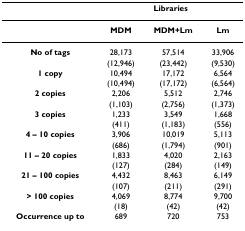
|  | <COLSPAN=3> Libraries |
 | --- | --- | --- | --- |
 |  | MDM | MDM+Lm | Lm |
 | No of tags | 28,173 | 57,514 | 33,906 |
 |  | (12,946) | (23,442) | (9,530) |
 | 1 copy | 10,494 | 17,172 | 6,564 |
 |  | (10,494) | (17,172) | (6,564) |
 | 2 copies | 2,206 | 5,512 | 2,746 |
 |  | (1,103) | (2,756) | (1,373) |
 | 3 copies | 1,233 | 3,549 | 1,668 |
 |  | (411) | (1,183) | (556) |
 | 4 – 10 copies | 3,906 | 10,019 | 5,113 |
 |  | (686) | (1,794) | (901) |
 | 11 – 20 copies | 1,833 | 4,020 | 2,163 |
 |  | (127) | (284) | (149) |
 | 21 – 100 copies | 4,432 | 8,463 | 6,149 |
 |  | (107) | (211) | (291) |
 | > 100 copies | 4,069 | 8,774 | 9,700 |
 |  | (18) | (42) | (42) |
 | Occurrence up to | 689 | 720 | 753 |